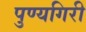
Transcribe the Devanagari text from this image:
पुण्यगिरी